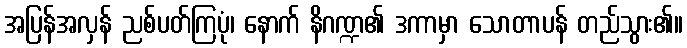
အပြန်အလှန် ညစ်ပတ်ကြပုံ၊ နောက် နိဂဏ္ဍ၏ ဒကာမှာ သောတာပန် တည်သွား၏။